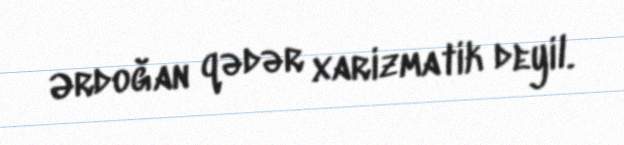
Ərdoğan qədər xarizmatik deyil.